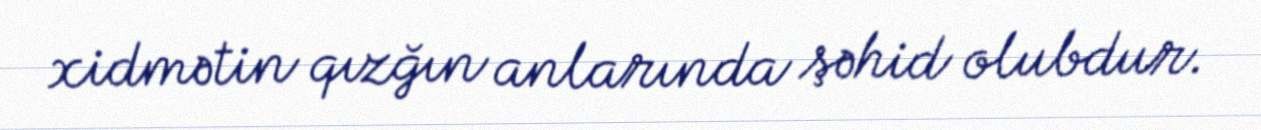
xidmətin qızğın anlarında şəhid olubdur.